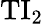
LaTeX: \mathrm{TI}_{2}